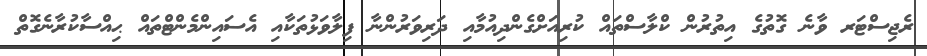
ރެޖިސްޓަރ ވާނެ ގޮތުގެ އިތުރުން ކްލާސްތައް ކުރިއަށްގެންދިއުމާއި ދަރިވަރުންނާ ފިލާވަޅުތަކާއި އެސައިންމެންޓްތައް ޙިއްސާކުރާނެގޮތް